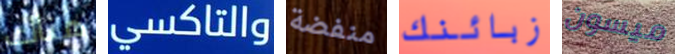
هناك والتاكسي منفضة زبائنك ميسون